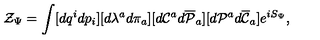
{ \cal Z } _ { \Psi } = \int [ d q ^ { i } d p _ { i } ] [ d \lambda ^ { a } d \pi _ { a } ] [ d { \cal C } ^ { a } d { \overline { { \cal P } } } _ { a } ] [ d { \cal P } ^ { a } d { \overline { { \cal C } } } _ { a } ] e ^ { i S _ { \Psi } } ,